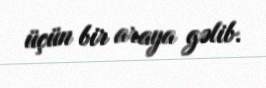
üçün bir araya gəlib.